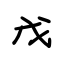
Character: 戊